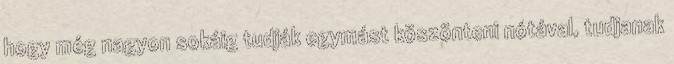
hogy még nagyon sokáig tudják egymást köszönteni nótával, tudjanak